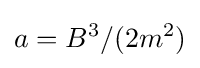
a=B^{3}/(2m^{2})